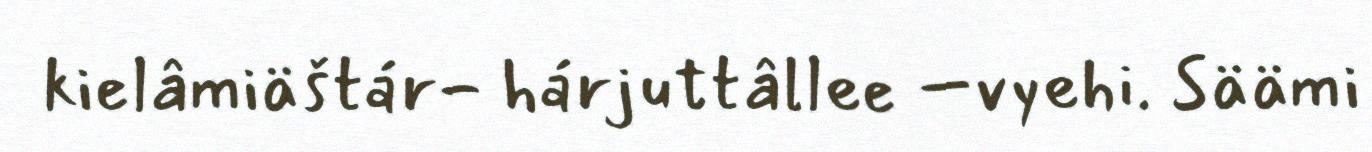
kielâmiäštár- hárjuttâllee –vyehi. Säämi